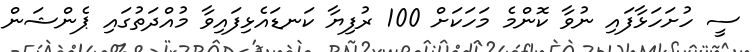
ސީ ހުށަހަޅާފައި ނުވާ ކޮންމެ މަހަކަށް 100 ރުފިޔާ ކަނޑައެޅިފައިވާ މުއްދަތުގައި ޕެންޝަން